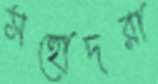
সহোদরা